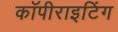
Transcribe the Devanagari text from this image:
कॉपीराइटिंग